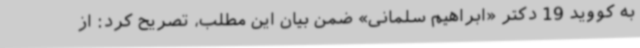
به کووید 19 دکتر «ابراهیم سلمانی» ضمن بیان این مطلب، تصریح کرد: از